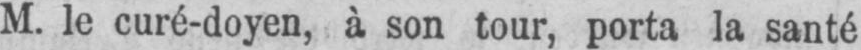
M. le curé-doyen, à son tour, porta la santé